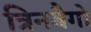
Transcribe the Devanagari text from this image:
त्रिनबैगो